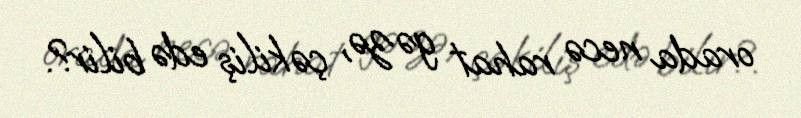
orada necə rahat gəzə, çəkiliş edə bilir?.